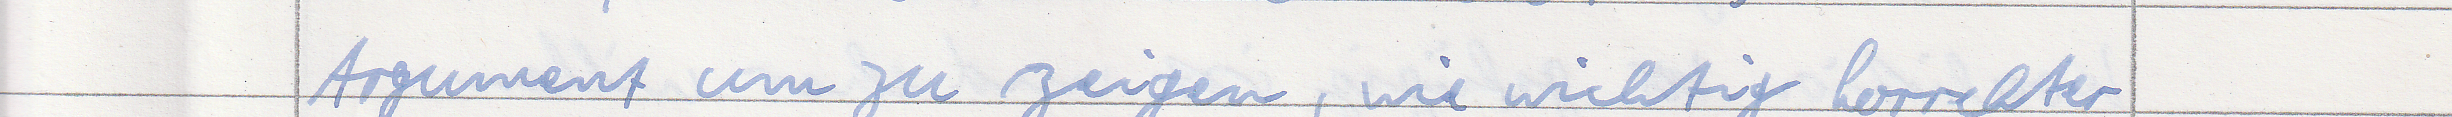
Argument um zu zeigen, wie wichtig korrekter